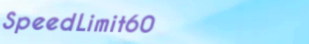
SpeedLimit60